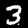
Label: 3